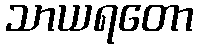
သာယရတော